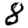
Digit: 8